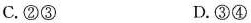
C.②③ D.③④